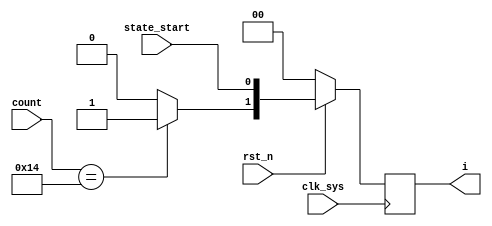
// off_on_coder.v
module off_on_coder(
                    clk_sys,
                    rst_n,
                    state_start,
                    count,
                    i
                   );

input clk_sys;
input rst_n;
input state_start;
input [4:0] count;

output [1:0] i;

reg i_reg;
reg [1:0] i;

parameter [4:0] off_on_width = 5'd20;

always @ (count)
    begin
         case (count)
             off_on_width:
                 i_reg = 1'b1;
             default:
                 i_reg = 1'b0;
         endcase
    end

always @ (posedge clk_sys)
    begin
         if (rst_n == 1'b0)
             i <= 2'b0;
         else
             i <= {i_reg,state_start};
    end

endmodule